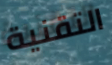
التقنية